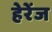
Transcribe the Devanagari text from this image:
हेरेंज